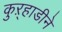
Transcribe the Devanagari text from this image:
कुऱ्हाडीने